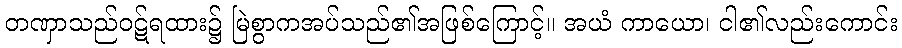
တဏှာသည်ဝဋ်ရထား၌ မြဲစွာကအပ်သည်၏အဖြစ်ကြောင့်။ အယံ ကာယော၊ ငါ၏လည်းကောင်း